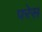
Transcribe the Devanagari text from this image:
परेस